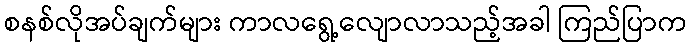
စနစ်လိုအပ်ချက်များ ကာလရွေ့လျောလာသည့်အခါ ကြည်ပြာက